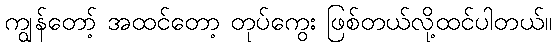
ကျွန်တော့် အထင်တော့ တုပ်ကွေး ဖြစ်တယ်လို့ထင်ပါတယ်။